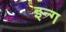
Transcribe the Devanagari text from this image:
इन्ग